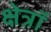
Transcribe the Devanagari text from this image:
क्षेत्रॉ